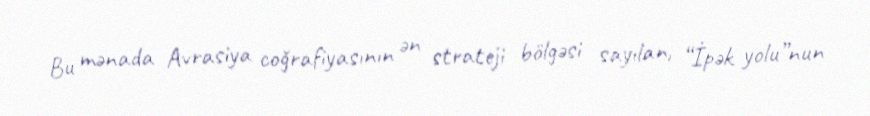
Bu mənada Avrasiya coğrafiyasının ən strateji bölgəsi sayılan, “İpək yolu”nun